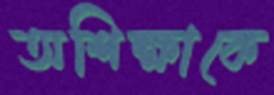
অশিক্ষাকে